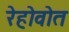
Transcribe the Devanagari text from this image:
रेहोवोत